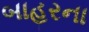
બાહરના